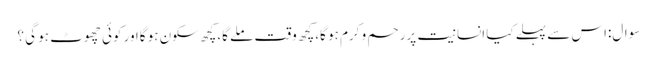
سوال:اس سے پہلے کیا انسانیت پررحم و کرم ہو گا،کچھ وقت ملے گا،کچھ سکون ہو گااور کوئی چھوٹ ہو گی ؟